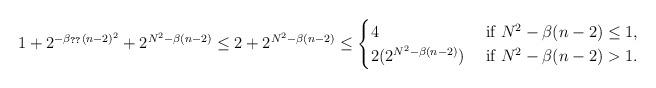
LaTeX: \begin{align*}1+ 2^{-\beta_{\ref{boundA}}(n-2)^2}+2^{N^2-\beta (n-2)}\leq 2+2^{N^2-\beta (n-2)}\leq \begin{cases}4& \textnormal{ if } N^2-\beta(n-2) \leq 1,\\2(2^{N^2-\beta (n-2)})& \textnormal{ if } N^2-\beta(n-2) > 1. \end{cases}\end{align*}